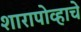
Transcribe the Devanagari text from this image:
शारापोव्हाचे